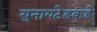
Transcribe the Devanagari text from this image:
युनायटेडकडे